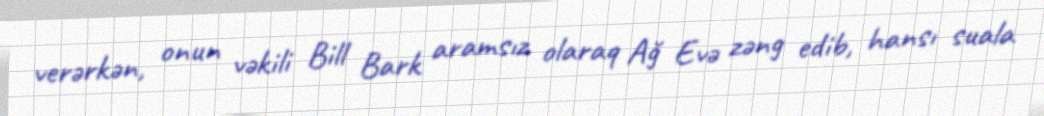
verərkən, onun vəkili Bill Bark aramsız olaraq Ağ Evə zəng edib, hansı suala